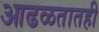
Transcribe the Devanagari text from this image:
आढळतातही